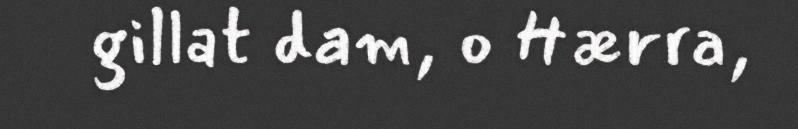
gillat dam, o Hærra,